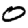
Digit: 0